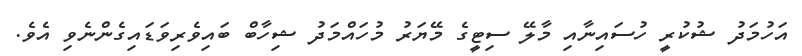
އަހުމަދު ޝުކުރީ ހުސައިނާއި މާލޭ ސިޓީގެ މޭޔަރު މުހައްމަދު ޝިހާބް ބައިވެރިވަޑައިގެންނެވި އެވެ.